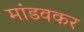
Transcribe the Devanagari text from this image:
मांडवकर